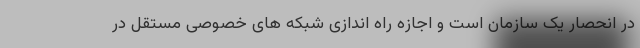
در انحصار یک سازمان است و اجازه راه اندازی شبکه های خصوصی مستقل در